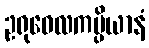
ဥရုဝေလကပ္ပိယာနံ